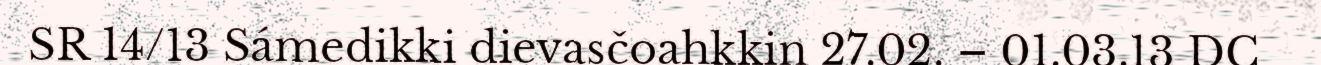
SR 14/13 Sámedikki dievasčoahkkin 27.02. – 01.03.13 DC